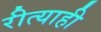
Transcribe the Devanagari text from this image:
रीत्याही